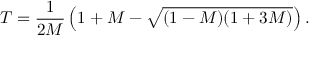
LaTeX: T = \frac { 1 } { 2 M } \left( 1 + M - \sqrt { ( 1 - M ) ( 1 + 3 M ) } \right) .